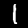
Label: 1